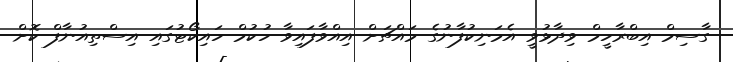
ގާސިމް އިބްރާހީމް ވިދާޅުވީ އެމަނިކުފާނުގެ މައްޗަށް އިއްވާފައިވާ ހުކުމް ހައިކޯޓުގައި އިސްތިއުނާފް ކޮށް